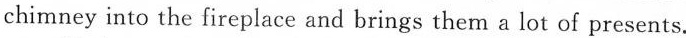
chimney into the fireplace and brings them a lot of presents.